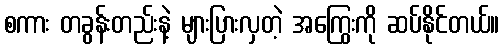
စကား တခွန်းတည်းနဲ့ များပြားလှတဲ့ အကြွေးကို ဆပ်နိုင်တယ်။